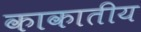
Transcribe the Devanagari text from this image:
काकातीय